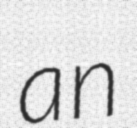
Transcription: an